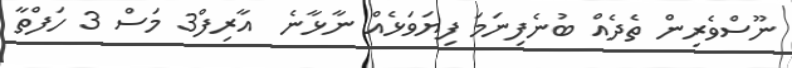
ނޫސްވެރިން ތެދެއް ބުނެފިނަމަ ފިޔަވަޅެއް ނާޅާނެ  އާރިފް3 މަސް 3 ހަފްތާ